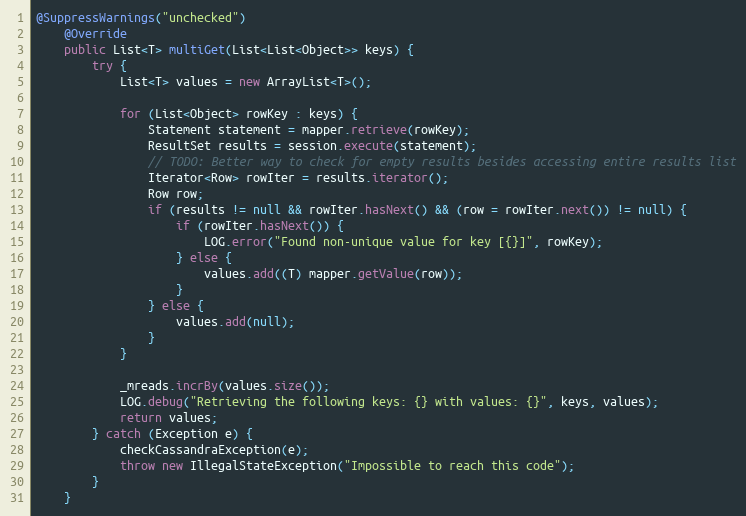
Language: Java
@SuppressWarnings("unchecked")
    @Override
    public List<T> multiGet(List<List<Object>> keys) {
        try {
            List<T> values = new ArrayList<T>();

            for (List<Object> rowKey : keys) {
                Statement statement = mapper.retrieve(rowKey);
                ResultSet results = session.execute(statement);
                // TODO: Better way to check for empty results besides accessing entire results list
                Iterator<Row> rowIter = results.iterator();
                Row row;
                if (results != null && rowIter.hasNext() && (row = rowIter.next()) != null) {
                    if (rowIter.hasNext()) {
                        LOG.error("Found non-unique value for key [{}]", rowKey);
                    } else {
                        values.add((T) mapper.getValue(row));
                    }
                } else {
                    values.add(null);
                }
            }

            _mreads.incrBy(values.size());
            LOG.debug("Retrieving the following keys: {} with values: {}", keys, values);
            return values;
        } catch (Exception e) {
            checkCassandraException(e);
            throw new IllegalStateException("Impossible to reach this code");
        }
    }